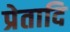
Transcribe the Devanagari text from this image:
प्रेतादि